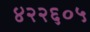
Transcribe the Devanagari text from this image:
४२२६०५